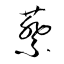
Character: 蔡